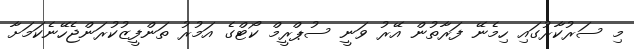
މި ސަރުކާރުގައި ހިމެނޭ ފަރާތުން އޭރު ވަނީ ސުޕްރީމް ކޯޓްގެ އަމުރު ތަންފީޒުކުރަންޖެހޭނެކަމަށާ